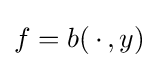
f=b(\,\cdot \,,y)